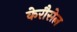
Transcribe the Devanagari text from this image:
केरौसेल